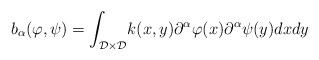
\begin{align*}b_{\alpha}(\varphi,\psi) = \int_{\mathcal{D}\times\mathcal{D}}&k(x,y)\partial^{\alpha}\varphi(x)\partial^{\alpha}\psi(y)dxdy\end{align*}